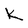
Character: K